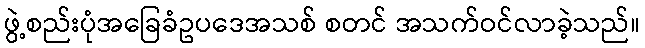
ဖွဲ့စည်းပုံအခြေခံဥပဒေအသစ် စတင် အသက်ဝင်လာခဲ့သည်။